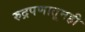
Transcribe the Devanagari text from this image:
रुद्रपणातूनही